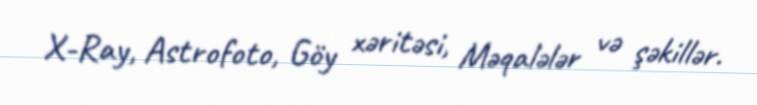
X-Ray, Astrofoto, Göy xəritəsi, Məqalələr və şəkillər.